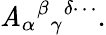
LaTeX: \mathit{A}_{\alpha}{}^{\beta}{}_{\gamma}{}^{\delta\cdots}.